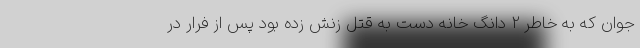
جوان که به خاطر 2 دانگ خانه دست به قتل زنش زده بود پس از فرار در